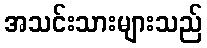
အသင်းသားများသည်